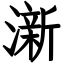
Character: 澵